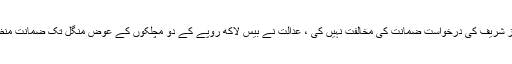
نیب نے نواز شریف کی درخواست ضمانت کی مخالفت نہیں کی ، عدالت نے بیس لاکھ روپے کے دو مچلکوں کے عوض منگل تک ضمانت منظور کر لی ۔